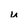
Character: u